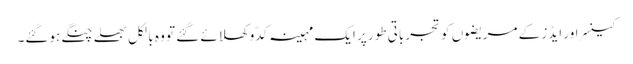
کینسر اور ایڈز کے مریضوں کو تجرباتی طور پر ایک مہینہ کدّو کھلائے گئے تو وہ بالکل بھلے چنگے ہوگئے۔